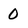
Character: 0